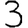
Digit: 3